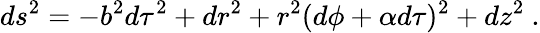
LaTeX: ds^{2}=-b^{2}d\tau^{2}+dr^{2}+r^{2}(d\phi+\alpha d\tau)^{2}+dz^{2}\space.